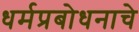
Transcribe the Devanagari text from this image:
धर्मप्रबोधनाचे